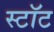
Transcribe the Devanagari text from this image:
स्टॉट